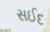
સઈદ